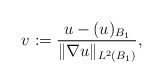
\begin{align*}v := \dfrac{u - (u)_{B_1}}{\|\nabla u\|_{L^2(B_1)}},\end{align*}